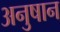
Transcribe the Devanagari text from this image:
अनुषान